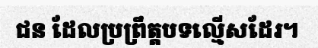
ជន ដែលប្រព្រឹត្តបទល្មើសដែរ។